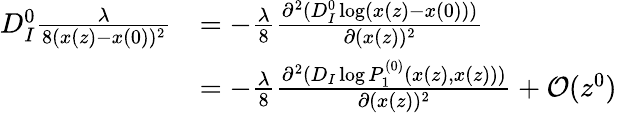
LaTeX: \begin{array}{rl}{D_{I}^{0}\frac{\lambda}{8(x(z)-x(0))^{2}}}&{=-\frac{\lambda}{8}\frac{\partial^{2}(D_{I}^{0}\log(x(z)-x(0)))}{\partial(x(z))^{2}}}\\ &{=-\frac{\lambda}{8}\frac{\partial^{2}(D_{I}\log P_{1}^{(0)}(x(z),x(z)))}{\partial(x(z))^{2}}+\mathcal{O}(z^{0})}\end{array}